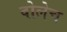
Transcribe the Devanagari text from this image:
वोलेच